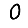
Digit: 0